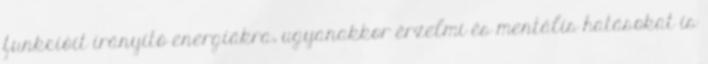
funkcióit irányító energiákra, ugyanakkor érzelmi és mentális hatásokat is